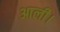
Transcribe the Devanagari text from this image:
आली।